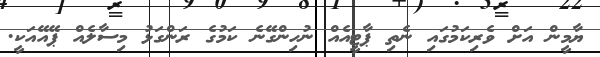
ޔާމީން އަށް ވެރިކަމުގައި ނެތި ޕާޓީއެއް ނުހިންގޭނެ ކަމުގެ ރަންގަޅު މިސާލެއް ޕޭއޭއަކީ.